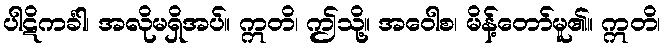
ပါဋိကင်္ခါ၊ အလိုမရှိအပ်။ ဣတိ၊ ဤသို့။ အဝေါစ၊ မိန့်တော်မူ၏။ ဣတိ၊